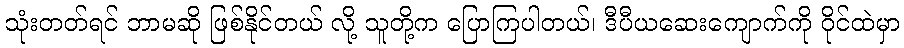
သုံးတတ်ရင် ဘာမဆို ဖြစ်နိုင်တယ် လို့ သူတို့က ပြောကြပါတယ်၊ ဒီပီယဆေးကျောက်ကို ဝိုင်ထဲမှာ